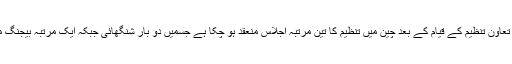
دو ہزار ایک میں شنگھائی تعاون تنظیم کے قیام کے بعد چین میں تنظیم کا تین مرتبہ اجلاس منعقد ہو چکا ہے جسمیں دو بار شنگھائی جبکہ ایک مرتبہ بیجنگ میں اجلاس کا انعقاد کیا گیا۔